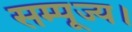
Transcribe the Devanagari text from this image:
सम्पूज्य।